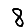
Digit: 8